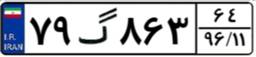
۷۹گ۸۶۳۶۴